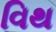
વિથ